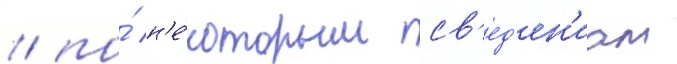
/ по́ н'е́которым св'ед'ен'иам